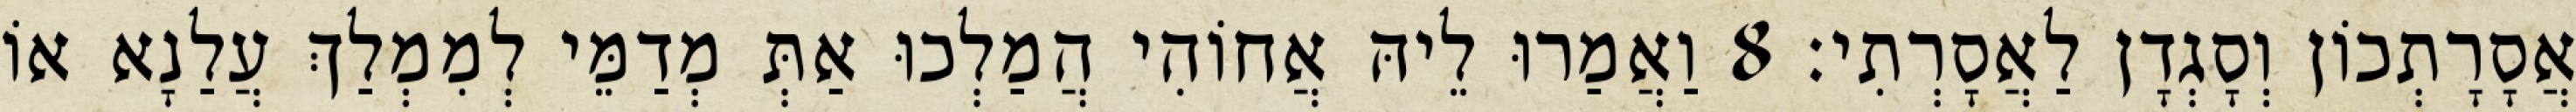
אֲסָרָתְכוֹן וְסָגְדָן לַאֲסָרְתִי׃ 8 וַאֲמַרוּ לֵיהּ אֲחוֹהִי הֲמַלְכוּ אַתְּ מְדַמֵּי לְמִמְלַךְ עֲלַנָא אוֹ